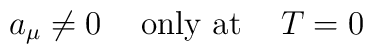
a_{\mu} \ne 0  \hspace{5mm}\mbox{only at} \hspace{5mm} T=0